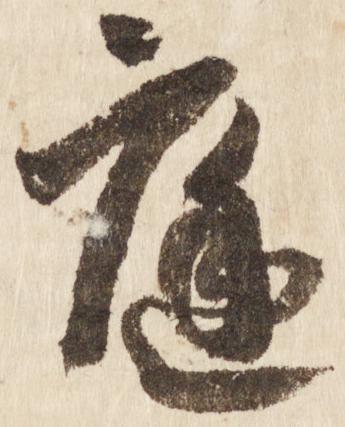
庭